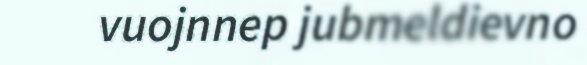
vuojnnep jubmeldievno